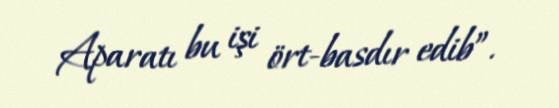
Aparatı bu işi ört-basdır edib”.